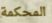
المحكمة